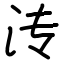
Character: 𬇘